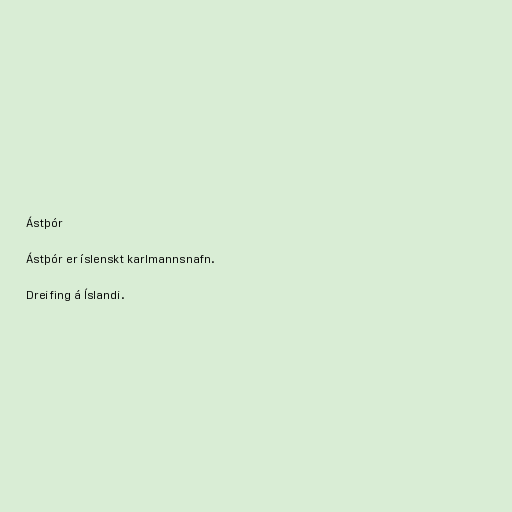
Ástþór

Ástþór er íslenskt karlmannsnafn.

Dreifing á Íslandi.